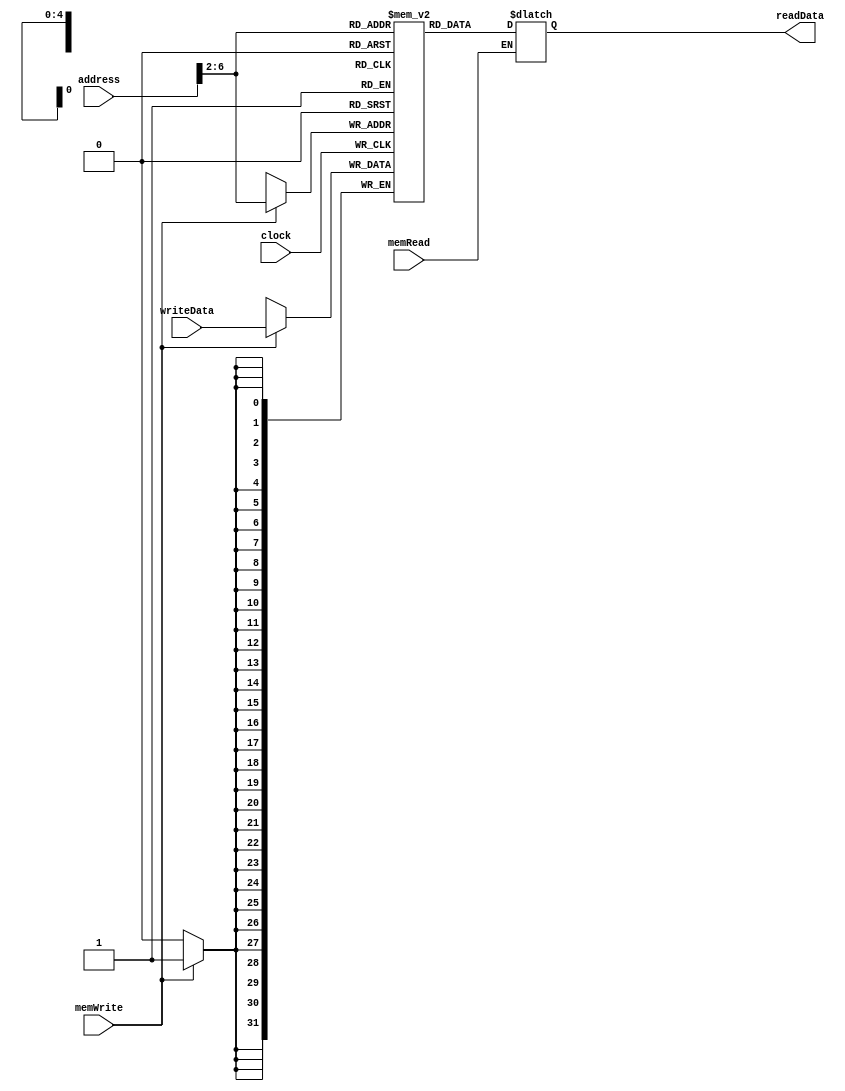
`timescale 1ns / 1ps
//////////////////////////////////////////////////////////////////////////////////
// Company: 
// Engineer: 
// 
// Design Name: 
// Module Name: dataMemory
// Project Name: 
// Target Devices: 
// Tool Versions: 
// Description: 
// 
// Dependencies: 
// 
// Revision:
// Revision 0.01 - File Created
// Additional Comments:
// 
//////////////////////////////////////////////////////////////////////////////////


module dataMemory(
    input clock,
    input [31:0] address,
    input [31:0] writeData,
    input memWrite,
    input memRead,
    output reg [31:0] readData
    );
    reg [31:0] memFile [0:31];
    always @ (address or memRead)
    begin
        if(memRead)
        readData=memFile[address>>2];
    end
    always @ (negedge clock)
    begin
        if(memWrite==1) memFile[address>>2]=writeData;
        
    end
    
endmodule